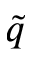
\tilde { q }